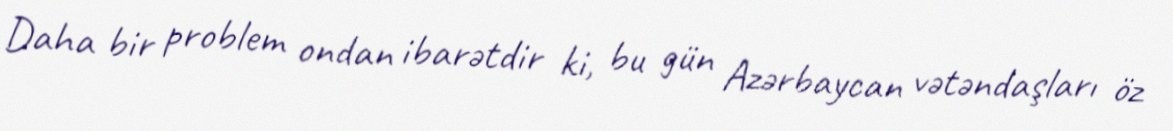
Daha bir problem ondan ibarətdir ki, bu gün Azərbaycan vətəndaşları öz